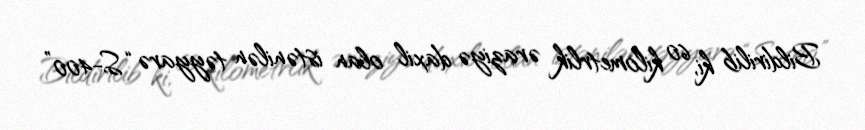
Bildirilib ki, 60 kilometrlik əraziyə daxil olan istənilən təyyarə “S-400”